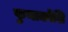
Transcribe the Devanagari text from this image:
फुनाकोशि